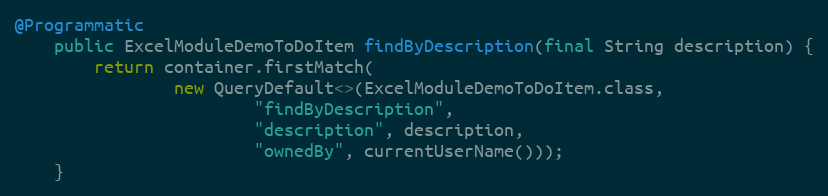
Language: Java
@Programmatic
    public ExcelModuleDemoToDoItem findByDescription(final String description) {
        return container.firstMatch(
                new QueryDefault<>(ExcelModuleDemoToDoItem.class,
                        "findByDescription",
                        "description", description,
                        "ownedBy", currentUserName()));
    }